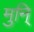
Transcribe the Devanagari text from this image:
मुनि्